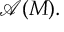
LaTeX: { \mathcal { A } } ( M ) .